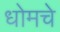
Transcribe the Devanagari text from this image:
धोमचे